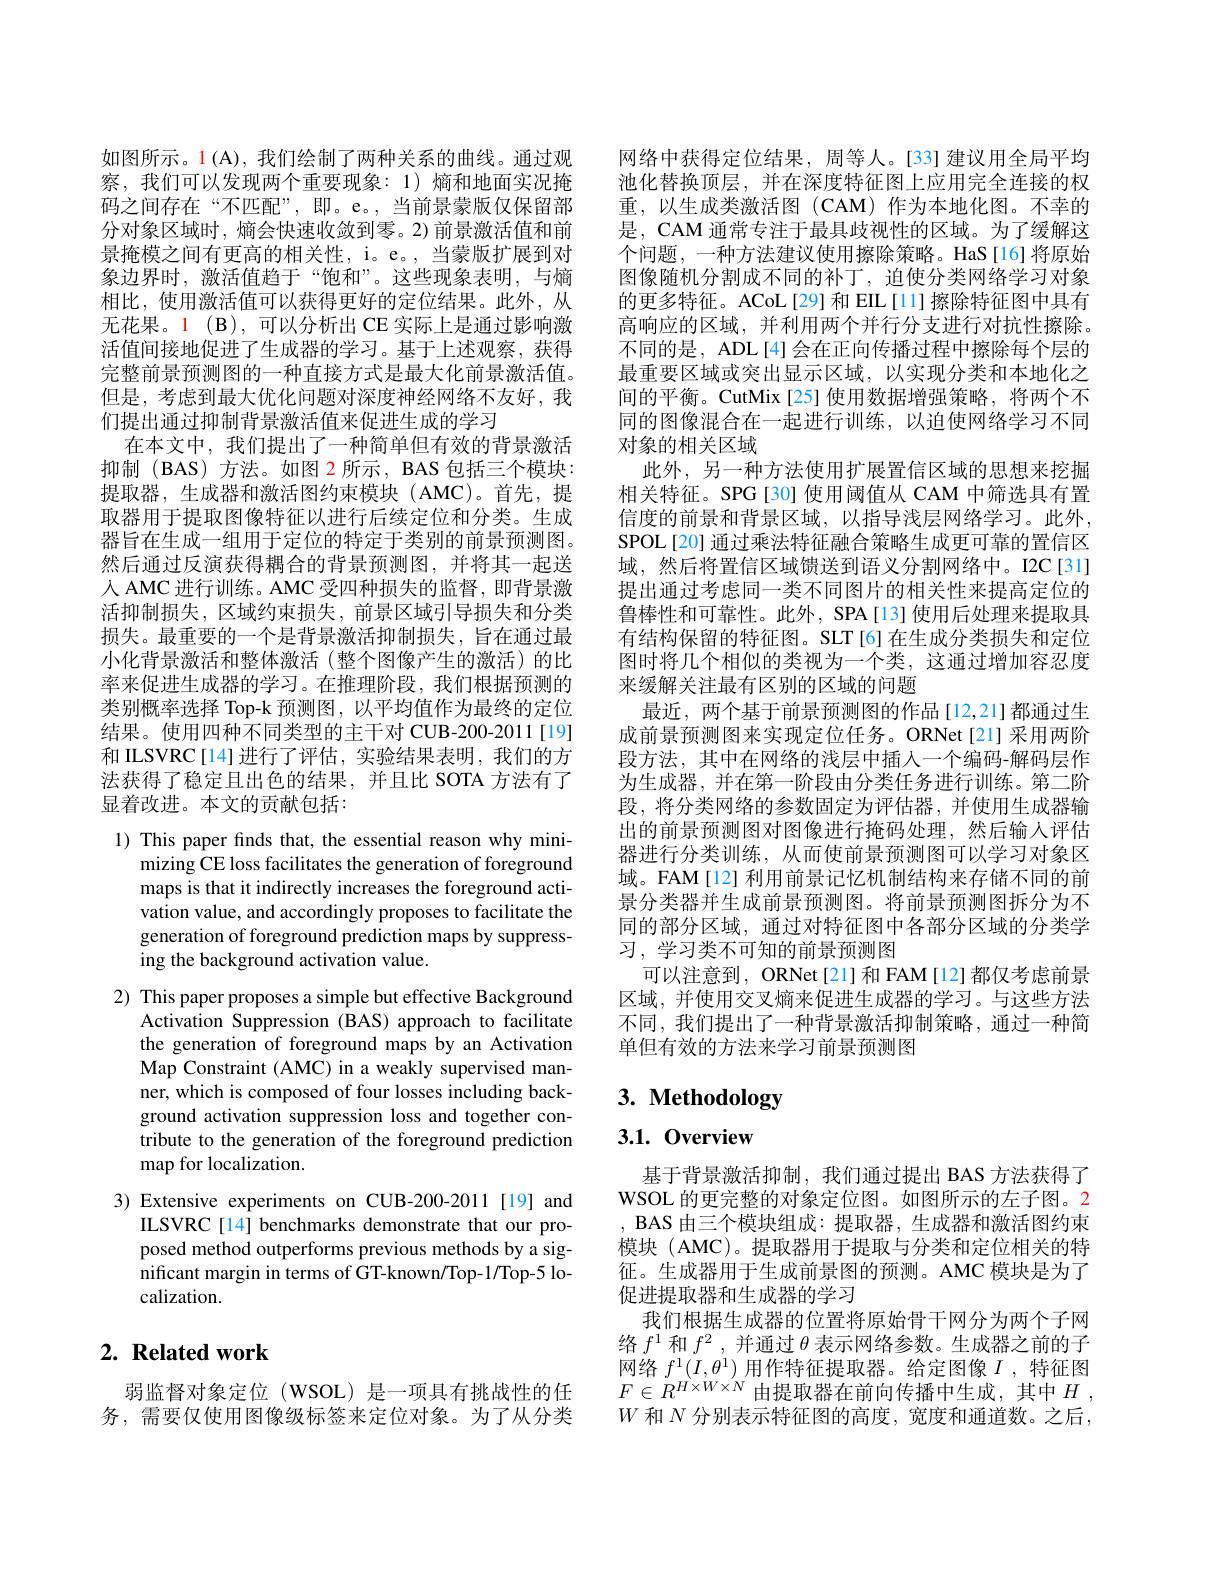
如图所示。1(A), 我们绘制了两种关系的曲线。通过观察，我们可以发现两个重要现象：1)熵和地面实况掩码之间存在“不匹配”,即。e。,当前景蒙版仅保留部分对象区域时，熵会快速收敛到零。2) 前景激活值和前景掩模之间有更高的相关性，i。e。, 当蒙版扩展到对象边界时，激活值趋于“饱和”。这些现象表明，与熵相比，使用激活值可以获得更好的定位结果。此外，从无花果。1(B),可以分析出 CE 实际上是通过影响激活值间接地促进了生成器的学习。基于上述观察，获得完整前景预测图的一种直接方式是最大化前景激活值。但是，考虑到最大优化问题对深度神经网络不友好，我们提出通过抑制背景激活值来促进生成的学习
在本文中，我们提出了一种简单但有效的背景激活抑制 (BAS) 方法。如图 2 所示，BAS 包括三个模块： 提取器，生成器和激活图约束模块(AMC)。首先，提取器用于提取图像特征以进行后续定位和分类。生成器旨在生成一组用于定位的特定于类别的前景预测图。然后通过反演获得耦合的背景预测图，并将其一起送人 AMC 进行训练。AMC 受四种损失的监督，即背景激活抑制损失，区域约束损失，前景区域引导损失和分类损失。最重要的一个是背景激活抑制损失，旨在通过最小化背景激活和整体激活(整个图像产生的激活)的比率来促进生成器的学习。在推理阶段，我们根据预测的类别概率选择 Top-k 预测图，以平均值作为最终的定位结果。使用四种不同类型的主干对 CUB-200-2011[19] 和 ILSVRC[14]进行了评估，实验结果表明，我们的方法获得了稳定且出色的结果，并且比 SOTA 方法有了显着改进。本文的贡献包括：

1) This paper finds that, the essential reason why mini-

mizing CE loss facilitates the generation of foreground

maps is that it indirectly increases the foreground acti-

vation value, and accordingly proposes to facilitate the

generation of foreground prediction maps by suppress-

ing the background activation value.

2) This paper proposes a simple but effective Background

Activation Suppression (BAS) approach to facilitate

the generation of foreground maps by an Activation

Map Constraint (AMC) in a weakly supervised man-

ner, which is composed of four losses including back-

ground activation suppression loss and together con-

tribute to the generation of the foreground prediction

$\operatorname*{map}$for localization.

3) Extensive experiments on CUB-200-2011[19] and
ILSVRC[14] benchmarks demonstrate that our proposed method outperforms previous methods by a significant margin in terms of GT-known/Top-1/Top-5 localization.

## $2. \textbf{ Related work}$

弱监督对象定位 (WSOL) 是一项具有挑战性的任务，需要仅使用图像级标签来定位对象。为了从分类

网络中获得定位结果，周等人。[33] 建议用全局平均池化替换顶层，并在深度特征图上应用完全连接的权重，以生成类激活图(CAM)作为本地化图。不幸的是，CAM 通常专注于最具歧视性的区域。为了缓解这个问题，一种方法建议使用擦除策略。HaS[16]将原始图像随机分割成不同的补丁，迫使分类网络学习对象的更多特征。ACoL[29]和 EIL[11] 擦除特征图中具有高响应的区域，并利用两个并行分支进行对抗性擦除。不同的是，ADL[4]会在正向传播过程中擦除每个层的最重要区域或突出显示区域，以实现分类和本地化之间的平衡。CutMix[25] 使用数据增强策略，将两个不同的图像混合在一起进行训练，以迫使网络学习不同对象的相关区域
此外，另一种方法使用扩展置信区域的思想来挖掘相关特征。SPG[30] 使用阈值从 CAM 中筛选具有置信度的前景和背景区域，以指导浅层网络学习。此外， SPOL[20] 通过乘法特征融合策略生成更可靠的置信区域，然后将置信区域馈送到语义分割网络中。I2C[31] 提出通过考虑同一类不同图片的相关性来提高定位的鲁棒性和可靠性。此外，SPA[13] 使用后处理来提取具有结构保留的特征图。SLT[6]在生成分类损失和定位图时将几个相似的类视为一个类，这通过增加容忍度来缓解关注最有区别的区域的问题
最近，两个基于前景预测图的作品[12,21]都通过生成前景预测图来实现定位任务。ORNet[21] 采用两阶段方法，其中在网络的浅层中插人一个编码-解码层作为生成器，并在第一阶段由分类任务进行训练。第二阶段，将分类网络的参数固定为评估器，并使用生成器输出的前景预测图对图像进行掩码处理，然后输人评估器进行分类训练，从而使前景预测图可以学习对象区域。FAM[12] 利用前景记忆机制结构来存储不同的前景分类器并生成前景预测图。将前景预测图拆分为不同的部分区域，通过对特征图中各部分区域的分类学习，学习类不可知的前景预测图
可以注意到，ORNet[21]和 FAM[12]都仅考虑前景区域，并使用交叉熵来促进生成器的学习。与这些方法不同，我们提出了一种背景激活抑制策略，通过一种简单但有效的方法来学习前景预测图

# 3. Methodology

# $3. 1. \textbf{ Overview}$

基于背景激活抑制，我们通过提出 BAS 方法获得了WSOL 的更完整的对象定位图。如图所示的左子图。2 , BAS 由三个模块组成：提取器，生成器和激活图约束模块 (AMC)。提取器用于提取与分类和定位相关的特征。生成器用于生成前景图的预测。AMC 模块是为了促进提取器和生成器的学习
我们根据生成器的位置将原始骨干网分为两个子网络$f^1$和$f^2$,并通过$\theta$表示网络参数。生成器之前的子网络$f^1(I,\theta^1)$用作特征提取器。给定图像$I$ ,特征图$F\in R^{H\times W\times N}$由提取器在前向传播中生成，其中$H$ , $W$和$N$分别表示特征图的高度，宽度和通道数。之后，